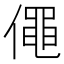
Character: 僶